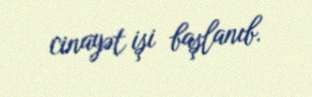
cinayət işi başlanıb.